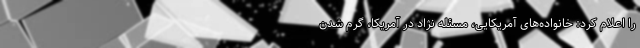
را اعلام کرد: خانواده‌های آمریکایی، مسئله نژاد در آمریکا، گرم شدن